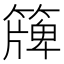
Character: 簰